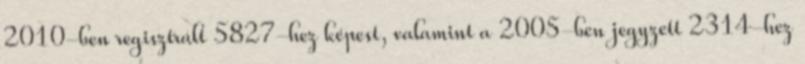
2010-ben regisztrált 5827-hez képest, valamint a 2005-ben jegyzett 2314-hez